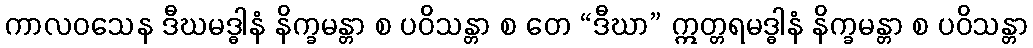
ကာလဝသေန ဒီဃမဒ္ဓါနံ နိက္ခမန္တာ စ ပဝိသန္တာ စ တေ “ဒီဃာ” ဣတ္တရမဒ္ဓါနံ နိက္ခမန္တာ စ ပဝိသန္တာ